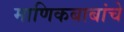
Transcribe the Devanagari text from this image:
माणिकबाबांचे